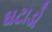
ઘટાડો